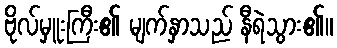
ဗိုလ်မှူးကြီး၏ မျက်နှာသည် နီရဲသွား၏။